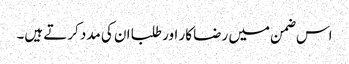
اس ضمن میں رضا کار اور طلبا ان کی مدد کرتے ہیں۔